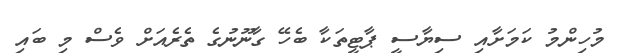
މުހިންމު ކަމަށާއި ސިޔާސީ ޕާޓީތަކާ ބެހޭ ގާނޫނުގެ ތެރެއަށް ވެސް މި ބައި